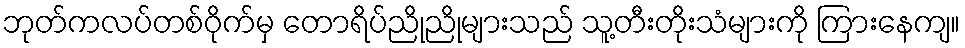
ဘုတ်ကလပ်တစ်ဝိုက်မှ တောရိပ်ညိုညိုများသည် သူ့တီးတိုးသံများကို ကြားနေကျ။